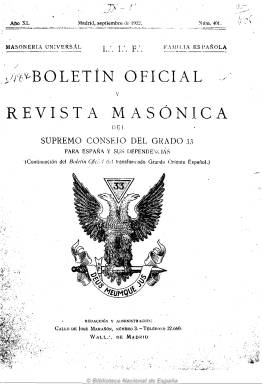
Título: Boletín oficial y revista masónica del Supremo Consejo del Grado 33 para España y sus dependencias
Otros títulos: Boletín oficial y revista masónica del Supremo Consejo del Grado Treinta y Tres para España y sus dependencias || Boletín oficial del Consejo del Grado 33 para España y sus dependencias
Colección: Masonería
Ámbito geográfico: Madrid
Lugar de publicación: Madrid
Fechas: 01/09/1932-30/09/1935

Publicación considerada como continuación del Boletín oficial del Gran Oriente Español (Madrid: 1889-1912), aunque no continúa con total exactitud su secuencia. Sin embargo, mantiene las mismas leyendas en su cabecera de “masonería universal” y “familia española”, así como el grabado y la división de su contenido es idéntica, en las secciones de “parte oficial” y “parte no oficial”.

De periodicidad trimestral y de 16 páginas por número, llega a incluir alguna fotografía. Da cuenta de las actividades, nombramientos, afiliaciones, óbitos, normas, etc., junto a artículos de fondo sobre la masonería. También incluye anuncios comerciales. Los textos aparecen firmados bajo seudónimos, aunque algunos con nombres verdaderos, como los de Luis Massip o R. Alonso.

El Boletín oficial (Grande Oriente de España) aparecido en 1986 se considera continuador de esta publicación.